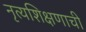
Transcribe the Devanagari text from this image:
नृत्यशिक्षणाची